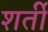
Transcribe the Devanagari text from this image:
शर्ती